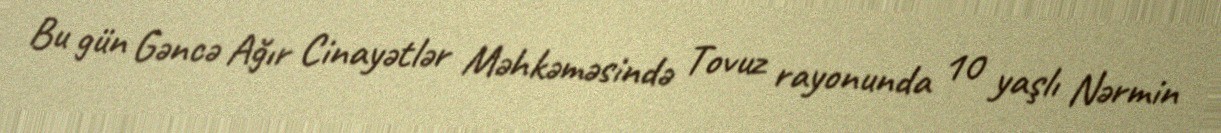
Bu gün Gəncə Ağır Cinayətlər Məhkəməsində Tovuz rayonunda 10 yaşlı Nərmin